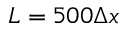
L = 5 0 0 \Delta x